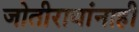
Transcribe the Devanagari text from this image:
जोतीरावांनाही